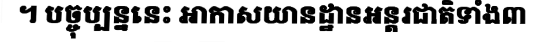
។ បច្ចុប្បន្ននេះ អាកាសយានដ្ឋានអន្តរជាតិទាំង៣